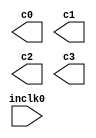
// megafunction wizard: %ALTPLL%VBB%
// GENERATION: STANDARD
// VERSION: WM1.0
// MODULE: altpll 

// ============================================================
// Megafunction Name(s):
// 			altpll
//
// Simulation Library Files(s):
// 			altera_mf
// ============================================================
// ************************************************************
// THIS IS A WIZARD-GENERATED FILE. DO NOT EDIT THIS FILE!
//
// 19.1.0 Build 670 09/22/2019 SJ Lite Edition
// ************************************************************

//Copyright (C) 2019  Intel Corporation. All rights reserved.
//Your use of Intel Corporation's design tools, logic functions 
//and other software and tools, and any partner logic 
//functions, and any output files from any of the foregoing 
//(including device programming or simulation files), and any 
//associated documentation or information are expressly subject 
//to the terms and conditions of the Intel Program License 
//Subscription Agreement, the Intel Quartus Prime License Agreement,
//the Intel FPGA IP License Agreement, or other applicable license
//agreement, including, without limitation, that your use is for
//the sole purpose of programming logic devices manufactured by
//Intel and sold by Intel or its authorized distributors.  Please
//refer to the applicable agreement for further details, at
//https://fpgasoftware.intel.com/eula.

module pll (
	inclk0,
	c0,
	c1,
	c2,
	c3);

	input	  inclk0;
	output	  c0;
	output	  c1;
	output	  c2;
	output	  c3;

endmodule

// ============================================================
// CNX file retrieval info
// ============================================================
// Retrieval info: PRIVATE: ACTIVECLK_CHECK STRING "0"
// Retrieval info: PRIVATE: BANDWIDTH STRING "1.000"
// Retrieval info: PRIVATE: BANDWIDTH_FEATURE_ENABLED STRING "1"
// Retrieval info: PRIVATE: BANDWIDTH_FREQ_UNIT STRING "MHz"
// Retrieval info: PRIVATE: BANDWIDTH_PRESET STRING "Low"
// Retrieval info: PRIVATE: BANDWIDTH_USE_AUTO STRING "1"
// Retrieval info: PRIVATE: BANDWIDTH_USE_PRESET STRING "0"
// Retrieval info: PRIVATE: CLKBAD_SWITCHOVER_CHECK STRING "0"
// Retrieval info: PRIVATE: CLKLOSS_CHECK STRING "0"
// Retrieval info: PRIVATE: CLKSWITCH_CHECK STRING "0"
// Retrieval info: PRIVATE: CNX_NO_COMPENSATE_RADIO STRING "1"
// Retrieval info: PRIVATE: CREATE_CLKBAD_CHECK STRING "0"
// Retrieval info: PRIVATE: CREATE_INCLK1_CHECK STRING "0"
// Retrieval info: PRIVATE: CUR_DEDICATED_CLK STRING "c0"
// Retrieval info: PRIVATE: CUR_FBIN_CLK STRING "c0"
// Retrieval info: PRIVATE: DEVICE_SPEED_GRADE STRING "Any"
// Retrieval info: PRIVATE: DIV_FACTOR0 NUMERIC "1"
// Retrieval info: PRIVATE: DIV_FACTOR1 NUMERIC "1"
// Retrieval info: PRIVATE: DIV_FACTOR2 NUMERIC "1"
// Retrieval info: PRIVATE: DIV_FACTOR3 NUMERIC "1"
// Retrieval info: PRIVATE: DUTY_CYCLE0 STRING "50.00000000"
// Retrieval info: PRIVATE: DUTY_CYCLE1 STRING "50.00000000"
// Retrieval info: PRIVATE: DUTY_CYCLE2 STRING "50.00000000"
// Retrieval info: PRIVATE: DUTY_CYCLE3 STRING "50.00000000"
// Retrieval info: PRIVATE: EFF_OUTPUT_FREQ_VALUE0 STRING "30.000000"
// Retrieval info: PRIVATE: EFF_OUTPUT_FREQ_VALUE1 STRING "10.000000"
// Retrieval info: PRIVATE: EFF_OUTPUT_FREQ_VALUE2 STRING "60.000000"
// Retrieval info: PRIVATE: EFF_OUTPUT_FREQ_VALUE3 STRING "35.000000"
// Retrieval info: PRIVATE: EXPLICIT_SWITCHOVER_COUNTER STRING "0"
// Retrieval info: PRIVATE: EXT_FEEDBACK_RADIO STRING "0"
// Retrieval info: PRIVATE: GLOCKED_COUNTER_EDIT_CHANGED STRING "1"
// Retrieval info: PRIVATE: GLOCKED_FEATURE_ENABLED STRING "0"
// Retrieval info: PRIVATE: GLOCKED_MODE_CHECK STRING "0"
// Retrieval info: PRIVATE: GLOCK_COUNTER_EDIT NUMERIC "1048575"
// Retrieval info: PRIVATE: HAS_MANUAL_SWITCHOVER STRING "1"
// Retrieval info: PRIVATE: INCLK0_FREQ_EDIT STRING "50.000"
// Retrieval info: PRIVATE: INCLK0_FREQ_UNIT_COMBO STRING "MHz"
// Retrieval info: PRIVATE: INCLK1_FREQ_EDIT STRING "100.000"
// Retrieval info: PRIVATE: INCLK1_FREQ_EDIT_CHANGED STRING "1"
// Retrieval info: PRIVATE: INCLK1_FREQ_UNIT_CHANGED STRING "1"
// Retrieval info: PRIVATE: INCLK1_FREQ_UNIT_COMBO STRING "MHz"
// Retrieval info: PRIVATE: INTENDED_DEVICE_FAMILY STRING "Cyclone IV E"
// Retrieval info: PRIVATE: INT_FEEDBACK__MODE_RADIO STRING "1"
// Retrieval info: PRIVATE: LOCKED_OUTPUT_CHECK STRING "0"
// Retrieval info: PRIVATE: LONG_SCAN_RADIO STRING "1"
// Retrieval info: PRIVATE: LVDS_MODE_DATA_RATE STRING "Not Available"
// Retrieval info: PRIVATE: LVDS_MODE_DATA_RATE_DIRTY NUMERIC "0"
// Retrieval info: PRIVATE: LVDS_PHASE_SHIFT_UNIT0 STRING "deg"
// Retrieval info: PRIVATE: LVDS_PHASE_SHIFT_UNIT1 STRING "deg"
// Retrieval info: PRIVATE: LVDS_PHASE_SHIFT_UNIT2 STRING "ps"
// Retrieval info: PRIVATE: LVDS_PHASE_SHIFT_UNIT3 STRING "ps"
// Retrieval info: PRIVATE: MIG_DEVICE_SPEED_GRADE STRING "Any"
// Retrieval info: PRIVATE: MIRROR_CLK0 STRING "0"
// Retrieval info: PRIVATE: MIRROR_CLK1 STRING "0"
// Retrieval info: PRIVATE: MIRROR_CLK2 STRING "0"
// Retrieval info: PRIVATE: MIRROR_CLK3 STRING "0"
// Retrieval info: PRIVATE: MULT_FACTOR0 NUMERIC "1"
// Retrieval info: PRIVATE: MULT_FACTOR1 NUMERIC "1"
// Retrieval info: PRIVATE: MULT_FACTOR2 NUMERIC "1"
// Retrieval info: PRIVATE: MULT_FACTOR3 NUMERIC "1"
// Retrieval info: PRIVATE: NORMAL_MODE_RADIO STRING "0"
// Retrieval info: PRIVATE: OUTPUT_FREQ0 STRING "30.00000000"
// Retrieval info: PRIVATE: OUTPUT_FREQ1 STRING "10.00000000"
// Retrieval info: PRIVATE: OUTPUT_FREQ2 STRING "60.00000000"
// Retrieval info: PRIVATE: OUTPUT_FREQ3 STRING "35.00000000"
// Retrieval info: PRIVATE: OUTPUT_FREQ_MODE0 STRING "1"
// Retrieval info: PRIVATE: OUTPUT_FREQ_MODE1 STRING "1"
// Retrieval info: PRIVATE: OUTPUT_FREQ_MODE2 STRING "1"
// Retrieval info: PRIVATE: OUTPUT_FREQ_MODE3 STRING "1"
// Retrieval info: PRIVATE: OUTPUT_FREQ_UNIT0 STRING "MHz"
// Retrieval info: PRIVATE: OUTPUT_FREQ_UNIT1 STRING "MHz"
// Retrieval info: PRIVATE: OUTPUT_FREQ_UNIT2 STRING "MHz"
// Retrieval info: PRIVATE: OUTPUT_FREQ_UNIT3 STRING "MHz"
// Retrieval info: PRIVATE: PHASE_RECONFIG_FEATURE_ENABLED STRING "1"
// Retrieval info: PRIVATE: PHASE_RECONFIG_INPUTS_CHECK STRING "0"
// Retrieval info: PRIVATE: PHASE_SHIFT0 STRING "0.00000000"
// Retrieval info: PRIVATE: PHASE_SHIFT1 STRING "0.00000000"
// Retrieval info: PRIVATE: PHASE_SHIFT2 STRING "0.00000000"
// Retrieval info: PRIVATE: PHASE_SHIFT3 STRING "0.00000000"
// Retrieval info: PRIVATE: PHASE_SHIFT_STEP_ENABLED_CHECK STRING "0"
// Retrieval info: PRIVATE: PHASE_SHIFT_UNIT0 STRING "deg"
// Retrieval info: PRIVATE: PHASE_SHIFT_UNIT1 STRING "deg"
// Retrieval info: PRIVATE: PHASE_SHIFT_UNIT2 STRING "ps"
// Retrieval info: PRIVATE: PHASE_SHIFT_UNIT3 STRING "ps"
// Retrieval info: PRIVATE: PLL_ADVANCED_PARAM_CHECK STRING "0"
// Retrieval info: PRIVATE: PLL_ARESET_CHECK STRING "0"
// Retrieval info: PRIVATE: PLL_AUTOPLL_CHECK NUMERIC "1"
// Retrieval info: PRIVATE: PLL_ENHPLL_CHECK NUMERIC "0"
// Retrieval info: PRIVATE: PLL_FASTPLL_CHECK NUMERIC "0"
// Retrieval info: PRIVATE: PLL_FBMIMIC_CHECK STRING "0"
// Retrieval info: PRIVATE: PLL_LVDS_PLL_CHECK NUMERIC "0"
// Retrieval info: PRIVATE: PLL_PFDENA_CHECK STRING "0"
// Retrieval info: PRIVATE: PLL_TARGET_HARCOPY_CHECK NUMERIC "0"
// Retrieval info: PRIVATE: PRIMARY_CLK_COMBO STRING "inclk0"
// Retrieval info: PRIVATE: RECONFIG_FILE STRING "pll.mif"
// Retrieval info: PRIVATE: SACN_INPUTS_CHECK STRING "0"
// Retrieval info: PRIVATE: SCAN_FEATURE_ENABLED STRING "1"
// Retrieval info: PRIVATE: SELF_RESET_LOCK_LOSS STRING "0"
// Retrieval info: PRIVATE: SHORT_SCAN_RADIO STRING "0"
// Retrieval info: PRIVATE: SPREAD_FEATURE_ENABLED STRING "0"
// Retrieval info: PRIVATE: SPREAD_FREQ STRING "50.000"
// Retrieval info: PRIVATE: SPREAD_FREQ_UNIT STRING "KHz"
// Retrieval info: PRIVATE: SPREAD_PERCENT STRING "0.500"
// Retrieval info: PRIVATE: SPREAD_USE STRING "0"
// Retrieval info: PRIVATE: SRC_SYNCH_COMP_RADIO STRING "0"
// Retrieval info: PRIVATE: STICKY_CLK0 STRING "1"
// Retrieval info: PRIVATE: STICKY_CLK1 STRING "1"
// Retrieval info: PRIVATE: STICKY_CLK2 STRING "1"
// Retrieval info: PRIVATE: STICKY_CLK3 STRING "1"
// Retrieval info: PRIVATE: SWITCHOVER_COUNT_EDIT NUMERIC "1"
// Retrieval info: PRIVATE: SWITCHOVER_FEATURE_ENABLED STRING "1"
// Retrieval info: PRIVATE: SYNTH_WRAPPER_GEN_POSTFIX STRING "0"
// Retrieval info: PRIVATE: USE_CLK0 STRING "1"
// Retrieval info: PRIVATE: USE_CLK1 STRING "1"
// Retrieval info: PRIVATE: USE_CLK2 STRING "1"
// Retrieval info: PRIVATE: USE_CLK3 STRING "1"
// Retrieval info: PRIVATE: USE_CLKENA0 STRING "0"
// Retrieval info: PRIVATE: USE_CLKENA1 STRING "0"
// Retrieval info: PRIVATE: USE_CLKENA2 STRING "0"
// Retrieval info: PRIVATE: USE_CLKENA3 STRING "0"
// Retrieval info: PRIVATE: USE_MIL_SPEED_GRADE NUMERIC "0"
// Retrieval info: PRIVATE: ZERO_DELAY_RADIO STRING "0"
// Retrieval info: LIBRARY: altera_mf altera_mf.altera_mf_components.all
// Retrieval info: CONSTANT: BANDWIDTH_TYPE STRING "AUTO"
// Retrieval info: CONSTANT: CLK0_DIVIDE_BY NUMERIC "5"
// Retrieval info: CONSTANT: CLK0_DUTY_CYCLE NUMERIC "50"
// Retrieval info: CONSTANT: CLK0_MULTIPLY_BY NUMERIC "3"
// Retrieval info: CONSTANT: CLK0_PHASE_SHIFT STRING "0"
// Retrieval info: CONSTANT: CLK1_DIVIDE_BY NUMERIC "5"
// Retrieval info: CONSTANT: CLK1_DUTY_CYCLE NUMERIC "50"
// Retrieval info: CONSTANT: CLK1_MULTIPLY_BY NUMERIC "1"
// Retrieval info: CONSTANT: CLK1_PHASE_SHIFT STRING "0"
// Retrieval info: CONSTANT: CLK2_DIVIDE_BY NUMERIC "5"
// Retrieval info: CONSTANT: CLK2_DUTY_CYCLE NUMERIC "50"
// Retrieval info: CONSTANT: CLK2_MULTIPLY_BY NUMERIC "6"
// Retrieval info: CONSTANT: CLK2_PHASE_SHIFT STRING "0"
// Retrieval info: CONSTANT: CLK3_DIVIDE_BY NUMERIC "10"
// Retrieval info: CONSTANT: CLK3_DUTY_CYCLE NUMERIC "50"
// Retrieval info: CONSTANT: CLK3_MULTIPLY_BY NUMERIC "7"
// Retrieval info: CONSTANT: CLK3_PHASE_SHIFT STRING "0"
// Retrieval info: CONSTANT: INCLK0_INPUT_FREQUENCY NUMERIC "20000"
// Retrieval info: CONSTANT: INTENDED_DEVICE_FAMILY STRING "Cyclone IV E"
// Retrieval info: CONSTANT: LPM_TYPE STRING "altpll"
// Retrieval info: CONSTANT: OPERATION_MODE STRING "NO_COMPENSATION"
// Retrieval info: CONSTANT: PLL_TYPE STRING "AUTO"
// Retrieval info: CONSTANT: PORT_ACTIVECLOCK STRING "PORT_UNUSED"
// Retrieval info: CONSTANT: PORT_ARESET STRING "PORT_UNUSED"
// Retrieval info: CONSTANT: PORT_CLKBAD0 STRING "PORT_UNUSED"
// Retrieval info: CONSTANT: PORT_CLKBAD1 STRING "PORT_UNUSED"
// Retrieval info: CONSTANT: PORT_CLKLOSS STRING "PORT_UNUSED"
// Retrieval info: CONSTANT: PORT_CLKSWITCH STRING "PORT_UNUSED"
// Retrieval info: CONSTANT: PORT_CONFIGUPDATE STRING "PORT_UNUSED"
// Retrieval info: CONSTANT: PORT_FBIN STRING "PORT_UNUSED"
// Retrieval info: CONSTANT: PORT_INCLK0 STRING "PORT_USED"
// Retrieval info: CONSTANT: PORT_INCLK1 STRING "PORT_UNUSED"
// Retrieval info: CONSTANT: PORT_LOCKED STRING "PORT_UNUSED"
// Retrieval info: CONSTANT: PORT_PFDENA STRING "PORT_UNUSED"
// Retrieval info: CONSTANT: PORT_PHASECOUNTERSELECT STRING "PORT_UNUSED"
// Retrieval info: CONSTANT: PORT_PHASEDONE STRING "PORT_UNUSED"
// Retrieval info: CONSTANT: PORT_PHASESTEP STRING "PORT_UNUSED"
// Retrieval info: CONSTANT: PORT_PHASEUPDOWN STRING "PORT_UNUSED"
// Retrieval info: CONSTANT: PORT_PLLENA STRING "PORT_UNUSED"
// Retrieval info: CONSTANT: PORT_SCANACLR STRING "PORT_UNUSED"
// Retrieval info: CONSTANT: PORT_SCANCLK STRING "PORT_UNUSED"
// Retrieval info: CONSTANT: PORT_SCANCLKENA STRING "PORT_UNUSED"
// Retrieval info: CONSTANT: PORT_SCANDATA STRING "PORT_UNUSED"
// Retrieval info: CONSTANT: PORT_SCANDATAOUT STRING "PORT_UNUSED"
// Retrieval info: CONSTANT: PORT_SCANDONE STRING "PORT_UNUSED"
// Retrieval info: CONSTANT: PORT_SCANREAD STRING "PORT_UNUSED"
// Retrieval info: CONSTANT: PORT_SCANWRITE STRING "PORT_UNUSED"
// Retrieval info: CONSTANT: PORT_clk0 STRING "PORT_USED"
// Retrieval info: CONSTANT: PORT_clk1 STRING "PORT_USED"
// Retrieval info: CONSTANT: PORT_clk2 STRING "PORT_USED"
// Retrieval info: CONSTANT: PORT_clk3 STRING "PORT_USED"
// Retrieval info: CONSTANT: PORT_clk4 STRING "PORT_UNUSED"
// Retrieval info: CONSTANT: PORT_clk5 STRING "PORT_UNUSED"
// Retrieval info: CONSTANT: PORT_clkena0 STRING "PORT_UNUSED"
// Retrieval info: CONSTANT: PORT_clkena1 STRING "PORT_UNUSED"
// Retrieval info: CONSTANT: PORT_clkena2 STRING "PORT_UNUSED"
// Retrieval info: CONSTANT: PORT_clkena3 STRING "PORT_UNUSED"
// Retrieval info: CONSTANT: PORT_clkena4 STRING "PORT_UNUSED"
// Retrieval info: CONSTANT: PORT_clkena5 STRING "PORT_UNUSED"
// Retrieval info: CONSTANT: PORT_extclk0 STRING "PORT_UNUSED"
// Retrieval info: CONSTANT: PORT_extclk1 STRING "PORT_UNUSED"
// Retrieval info: CONSTANT: PORT_extclk2 STRING "PORT_UNUSED"
// Retrieval info: CONSTANT: PORT_extclk3 STRING "PORT_UNUSED"
// Retrieval info: CONSTANT: WIDTH_CLOCK NUMERIC "5"
// Retrieval info: USED_PORT: @clk 0 0 5 0 OUTPUT_CLK_EXT VCC "@clk[4..0]"
// Retrieval info: USED_PORT: c0 0 0 0 0 OUTPUT_CLK_EXT VCC "c0"
// Retrieval info: USED_PORT: c1 0 0 0 0 OUTPUT_CLK_EXT VCC "c1"
// Retrieval info: USED_PORT: c2 0 0 0 0 OUTPUT_CLK_EXT VCC "c2"
// Retrieval info: USED_PORT: c3 0 0 0 0 OUTPUT_CLK_EXT VCC "c3"
// Retrieval info: USED_PORT: inclk0 0 0 0 0 INPUT_CLK_EXT GND "inclk0"
// Retrieval info: CONNECT: @inclk 0 0 1 1 GND 0 0 0 0
// Retrieval info: CONNECT: @inclk 0 0 1 0 inclk0 0 0 0 0
// Retrieval info: CONNECT: c0 0 0 0 0 @clk 0 0 1 0
// Retrieval info: CONNECT: c1 0 0 0 0 @clk 0 0 1 1
// Retrieval info: CONNECT: c2 0 0 0 0 @clk 0 0 1 2
// Retrieval info: CONNECT: c3 0 0 0 0 @clk 0 0 1 3
// Retrieval info: GEN_FILE: TYPE_NORMAL pll.v TRUE
// Retrieval info: GEN_FILE: TYPE_NORMAL pll.ppf TRUE
// Retrieval info: GEN_FILE: TYPE_NORMAL pll.inc FALSE
// Retrieval info: GEN_FILE: TYPE_NORMAL pll.cmp FALSE
// Retrieval info: GEN_FILE: TYPE_NORMAL pll.bsf FALSE
// Retrieval info: GEN_FILE: TYPE_NORMAL pll_inst.v FALSE
// Retrieval info: GEN_FILE: TYPE_NORMAL pll_bb.v TRUE
// Retrieval info: LIB_FILE: altera_mf
// Retrieval info: CBX_MODULE_PREFIX: ON